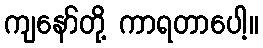
ကျနော်တို့ ကာရတာပေါ့။